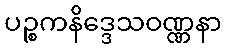
ပဉ္စကနိဒ္ဒေသဝဏ္ဏနာ